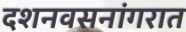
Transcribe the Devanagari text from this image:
दशनवसनांगरात